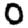
Digit: 0